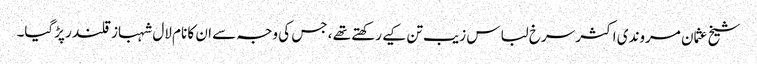
شیخ عثمان مروندی اکثر سرخ لباس زیب تن کیے رکھتے تھے ، جس کی وجہ سے ان کا نام لال شہباز قلندر پڑگیا۔